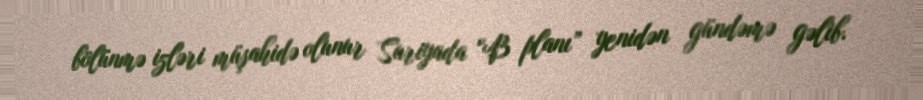
bölünmə izləri müşahidə olunur Suriyada “B planı” yenidən gündəmə gəlib.